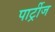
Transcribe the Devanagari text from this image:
पार्ट्रीज